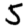
Digit: 5